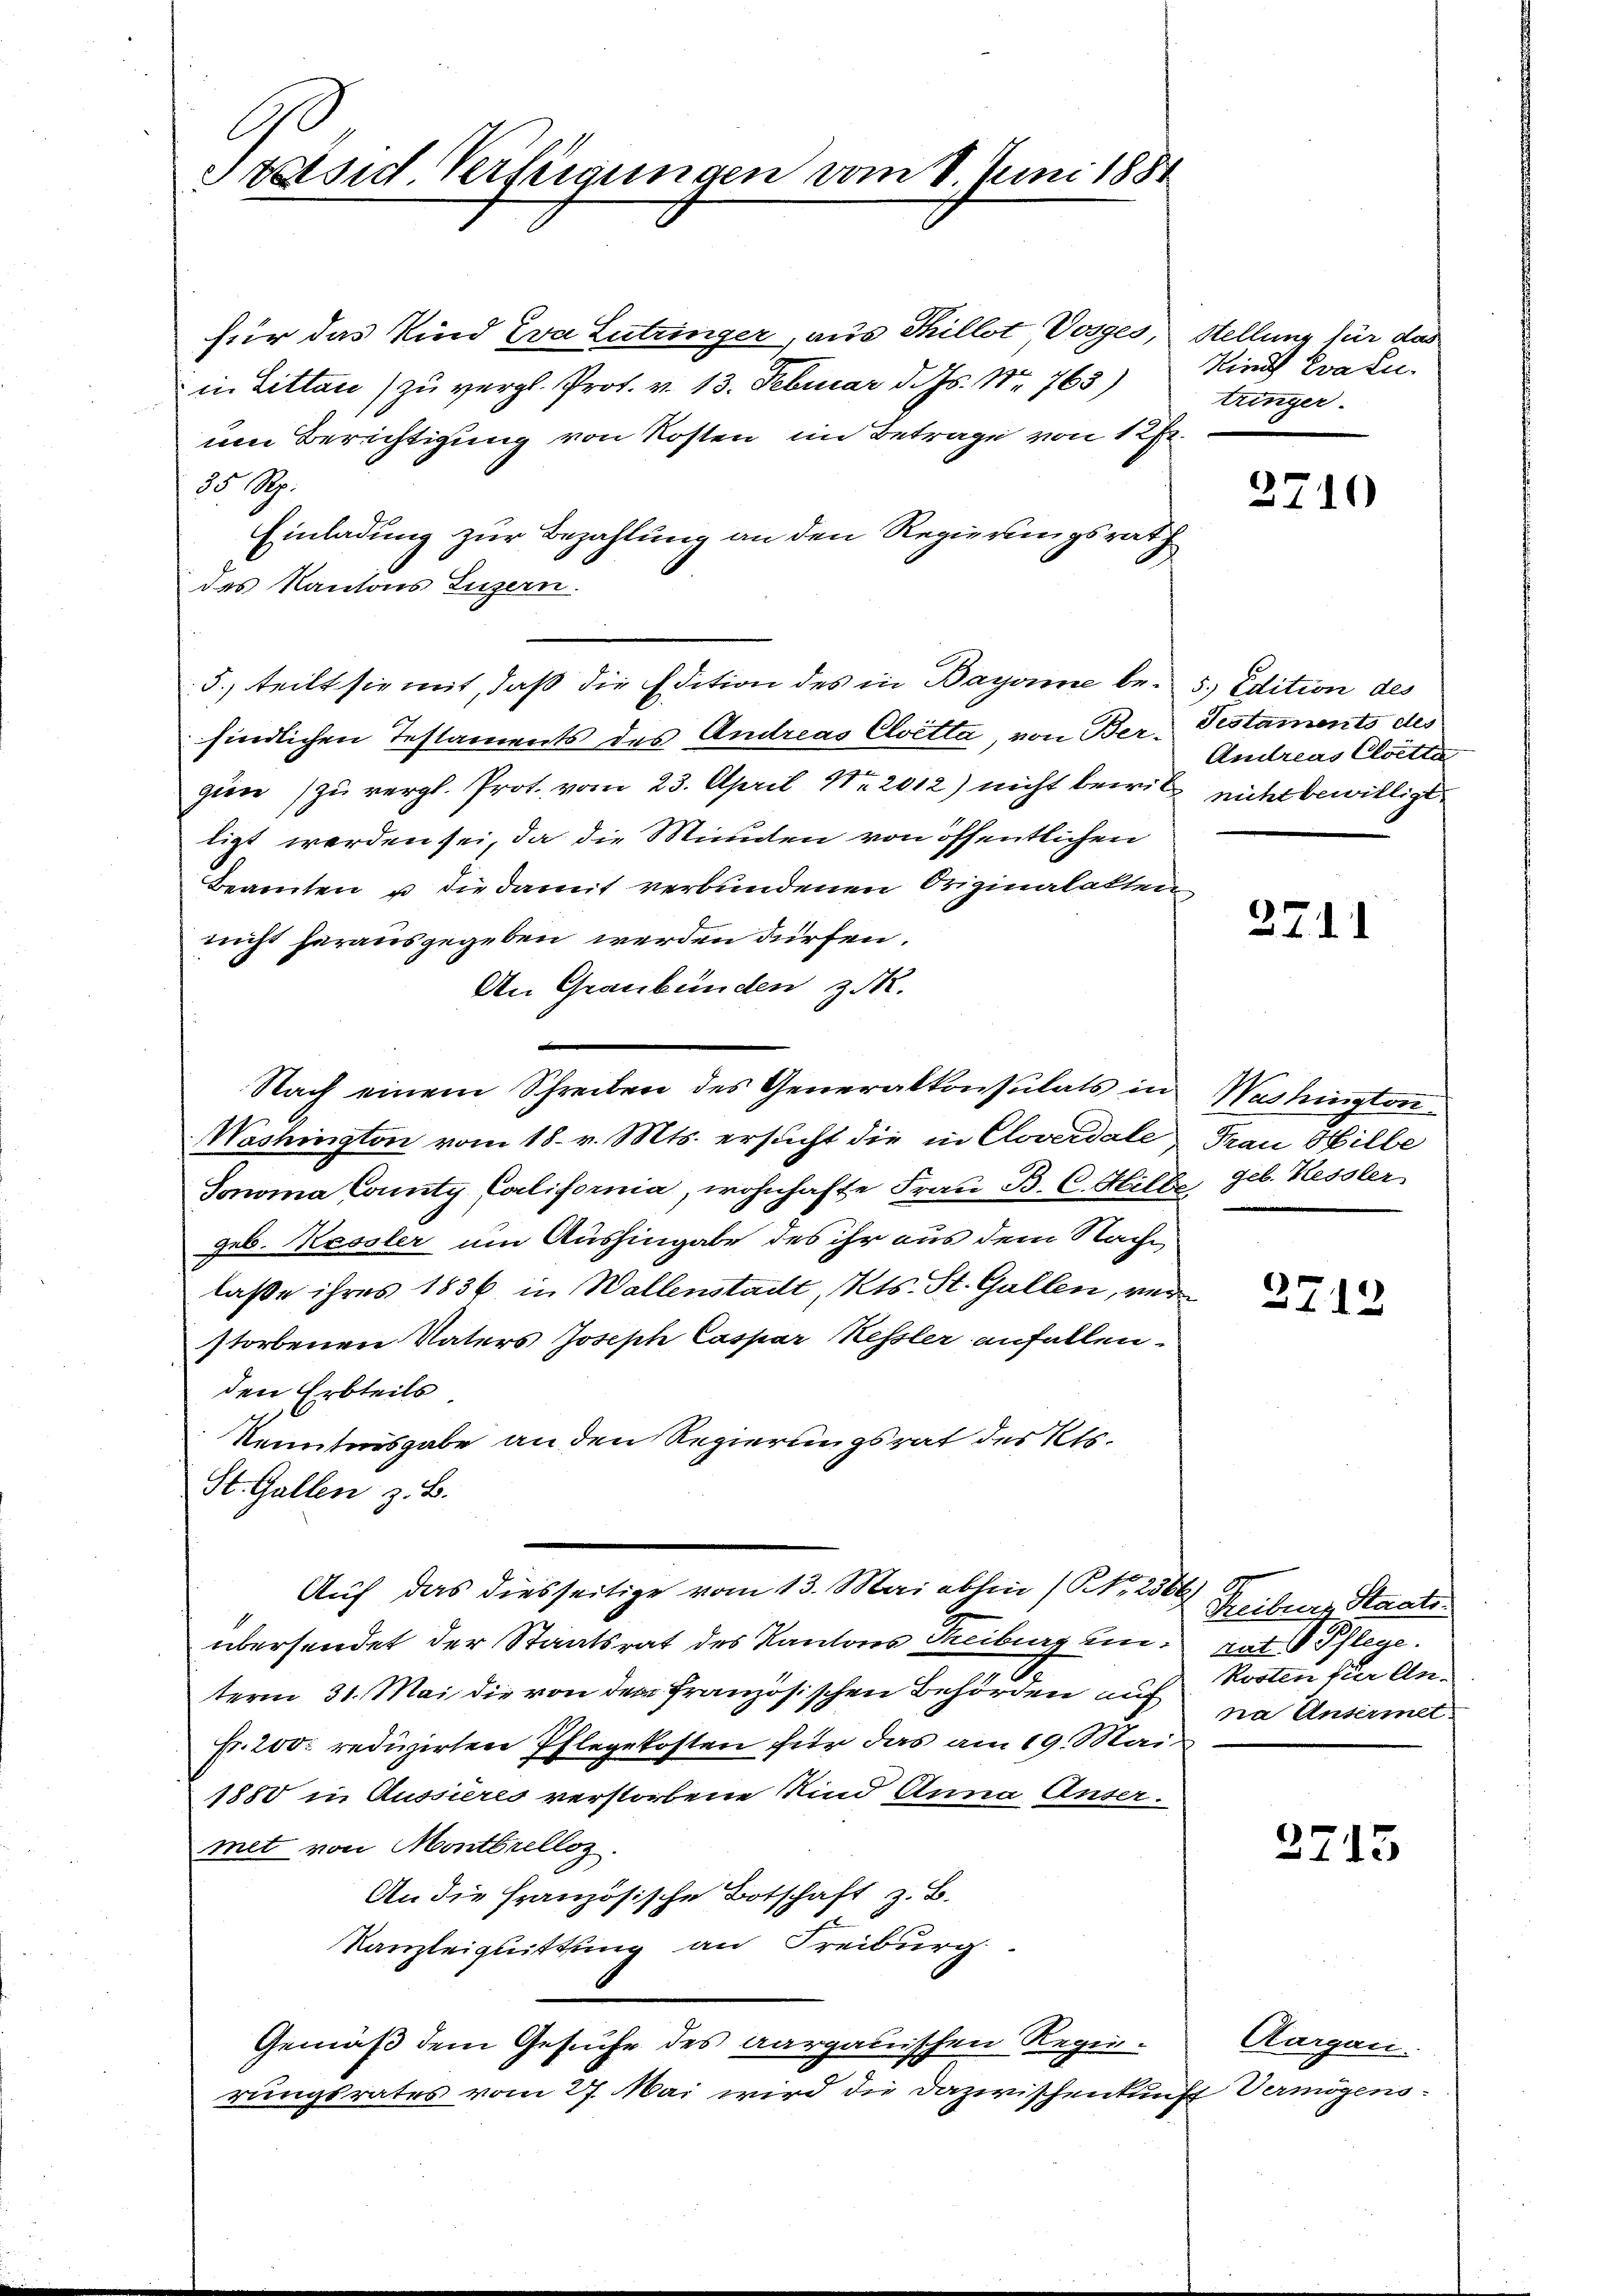
Ge
Stäisid Verfügungen vom 1. Juni 1881

für das Kind Eva Lutringer, aus Tillot Vorges, Stellung für das
in Litten) zu vergl. Prof. v. 13. Februar d. Js. No. 763)
um Berichtigung von Kosten im Betrage von 12fr.
55 Rp.
Einladung zur Bezahlung an den Regierungsrath
des Kantons Luzern.
5., teilt sie mit, daß die Edition des in Bayone be- 5. Edition des
findlichen Testaments des Andreas Cloetta, von Ber-Testaments des
gien zu vergl. Prot. vom 23. April Nr. 2012) nicht bewill nicht bewilligt
ligt werden sei, da die Minden von öffentlichen
Beamten u die damit verbundenen Originalakten
nicht herausgegeben werden dürfen.
An Graubünden zuk
2
Nach einem Schreiben des Generalkonsulats in
Mashington vom 18. v. Mts. ersucht die in Cloverdale
Sonoma County California, wohnhafte Frau B. C. Hille, geb. Kessler
geb. Kessler um Aushingabe des ihr aus dem Nachlaße ihres 1836 in Wallenstadt, Kts. St. Gallen, verstorbenen Vaters Joseph Caspar Kessler anfallen.
den Erbteils
Kenntnisgabe an den Regierungsrat des Kts.
St. Gallen z. B.
Auf das diesseitige vom 13. Mai abhin (Nr. 2566)
übersendet der Staatsrat des Kantons Treiburg ung
term 31. Mai die von den Französischen Behörden auf
Fr. 200. reduzirten Pflegekosten für das am 19. Mai
1880 in Aussieres verstorbene Kind Anna Unsermet von Montbrelloz.
An die Französische Botschaft z. B.
Kanzleiguittung an Freiburg
Gemäß dem Gesuche des aargauischen Regierungsrates vom 27. Mai wird die Dazwischenkunft Vermögens¬

Kinde Eva Lutinger.

2710

Andreas Cloetta

271

Washington
Frau Hille

2712

Freiburg Staats
dat Pflege.
Rosten für Anna Unsermet.

3715

Aargau.